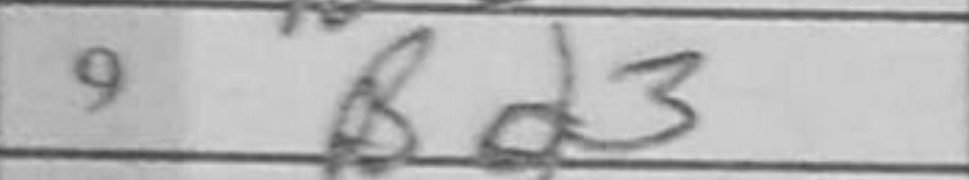
Transcription: Bd3